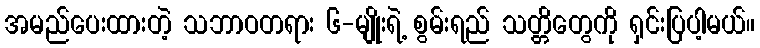
အမည်ပေးထားတဲ့ သဘာဝတရား ၆-မျိုးရဲ့ စွမ်းရည် သတ္တိတွေကို ရှင်းပြပါ့မယ်။